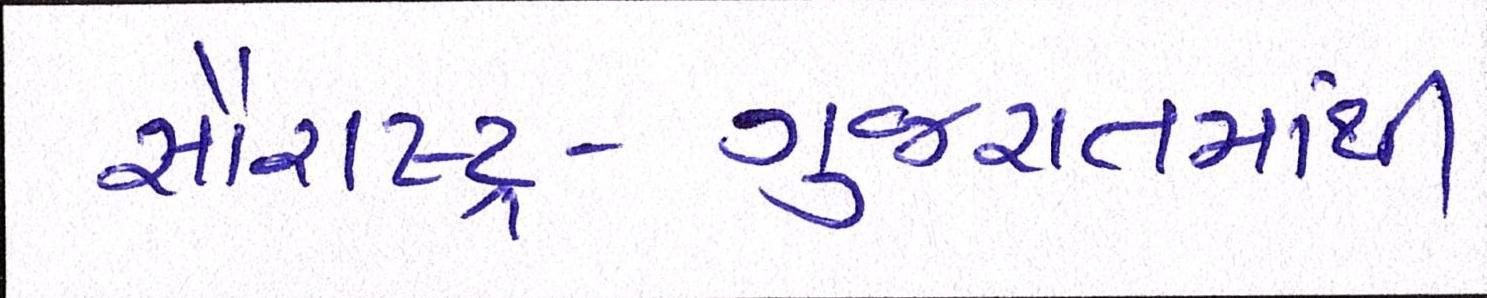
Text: સૌરાષ્ટ્ર-ગુજરાતમાંથી